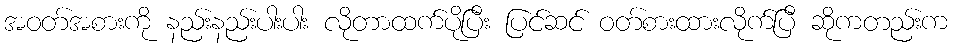
အဝတ်အစားကို နည်းနည်းပါးပါး လိုတာထက်ပိုပြီး ပြင်ဆင် ဝတ်စားထားလိုက်ပြီ ဆိုကတည်းက